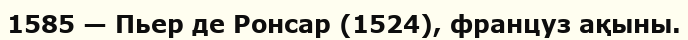
1585 — Пьер де Ронсар (1524), француз ақыны.